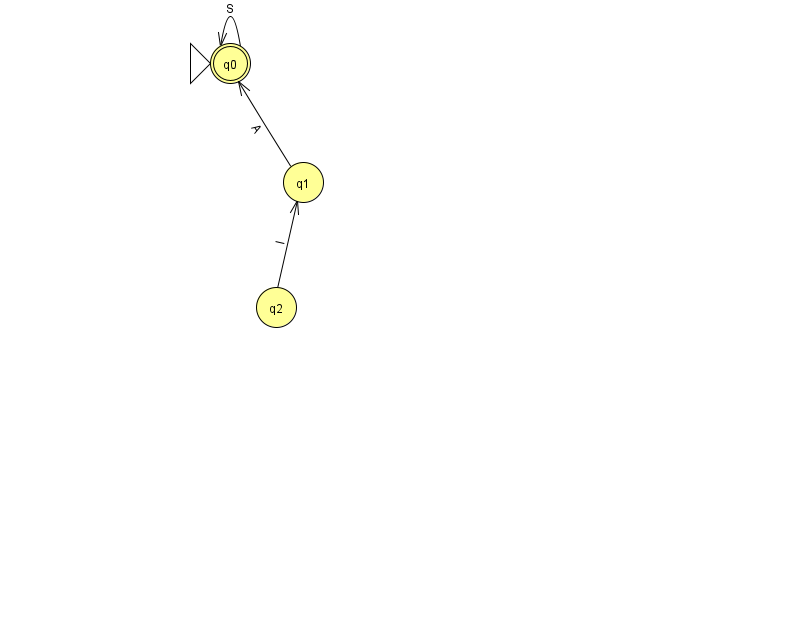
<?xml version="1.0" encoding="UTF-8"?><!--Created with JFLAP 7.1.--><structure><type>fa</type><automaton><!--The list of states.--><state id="0" name="q0"><x>230.0</x><y>50.0</y><initial/><final/></state><state id="1" name="q1"><x>303.0</x><y>169.0</y></state><state id="2" name="q2"><x>276.0</x><y>294.0</y></state><!--The list of transitions.--><transition><from>0</from><to>0</to><read>S</read></transition><transition><from>2</from><to>1</to><read>I</read></transition><transition><from>1</from><to>0</to><read>A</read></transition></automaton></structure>